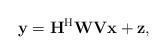
LaTeX: \begin{align*}\mathbf{y}=\mathbf{H}^{\mathrm{H}}\mathbf{W}\mathbf{V}\mathbf{x}+\mathbf{z},\end{align*}